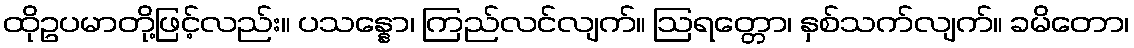
ထိုဥပမာတို့ဖြင့်လည်း။ ပသန္နော၊ ကြည်လင်လျက်။ ဩရတ္တော၊ နှစ်သက်လျက်။ ခမိတော၊